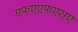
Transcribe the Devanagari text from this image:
एफएएफएसए